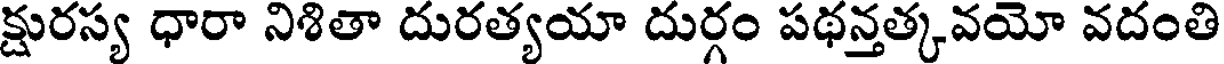
క్షురస్య ధారా నిశితా దురత్యయా దుర్గం పథన్తత్కవయో వదంతి